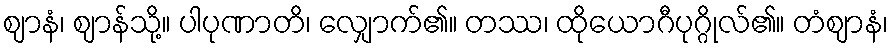
ဈာနံ၊ ဈာန်သို့။ ပါပုဏာတိ၊ လျှောက်၏။ တဿ၊ ထိုယောဂီပုဂ္ဂိုလ်၏။ တံဈာနံ၊